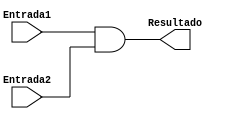
module AND (Entrada1, Entrada2, Resultado);

  input Entrada1, Entrada2;
  output Resultado;

  assign Resultado = Entrada1 & Entrada2;

endmodule